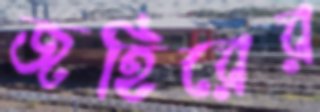
জহিরের